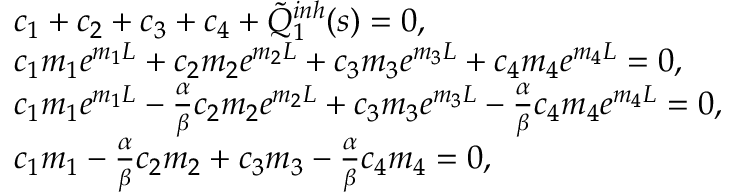
\begin{array} { r l } & { c _ { 1 } + c _ { 2 } + c _ { 3 } + c _ { 4 } + \tilde { Q } _ { 1 } ^ { i n h } ( s ) = 0 , } \\ & { c _ { 1 } m _ { 1 } e ^ { m _ { 1 } L } + c _ { 2 } m _ { 2 } e ^ { m _ { 2 } L } + c _ { 3 } m _ { 3 } e ^ { m _ { 3 } L } + c _ { 4 } m _ { 4 } e ^ { m _ { 4 } L } = 0 , } \\ & { c _ { 1 } m _ { 1 } e ^ { m _ { 1 } L } - \frac { \alpha } { \beta } c _ { 2 } m _ { 2 } e ^ { m _ { 2 } L } + c _ { 3 } m _ { 3 } e ^ { m _ { 3 } L } - \frac { \alpha } { \beta } c _ { 4 } m _ { 4 } e ^ { m _ { 4 } L } = 0 , } \\ & { c _ { 1 } m _ { 1 } - \frac { \alpha } { \beta } c _ { 2 } m _ { 2 } + c _ { 3 } m _ { 3 } - \frac { \alpha } { \beta } c _ { 4 } m _ { 4 } = 0 , } \end{array}